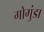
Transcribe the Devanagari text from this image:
गोगुंडा